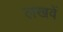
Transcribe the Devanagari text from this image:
लखवें